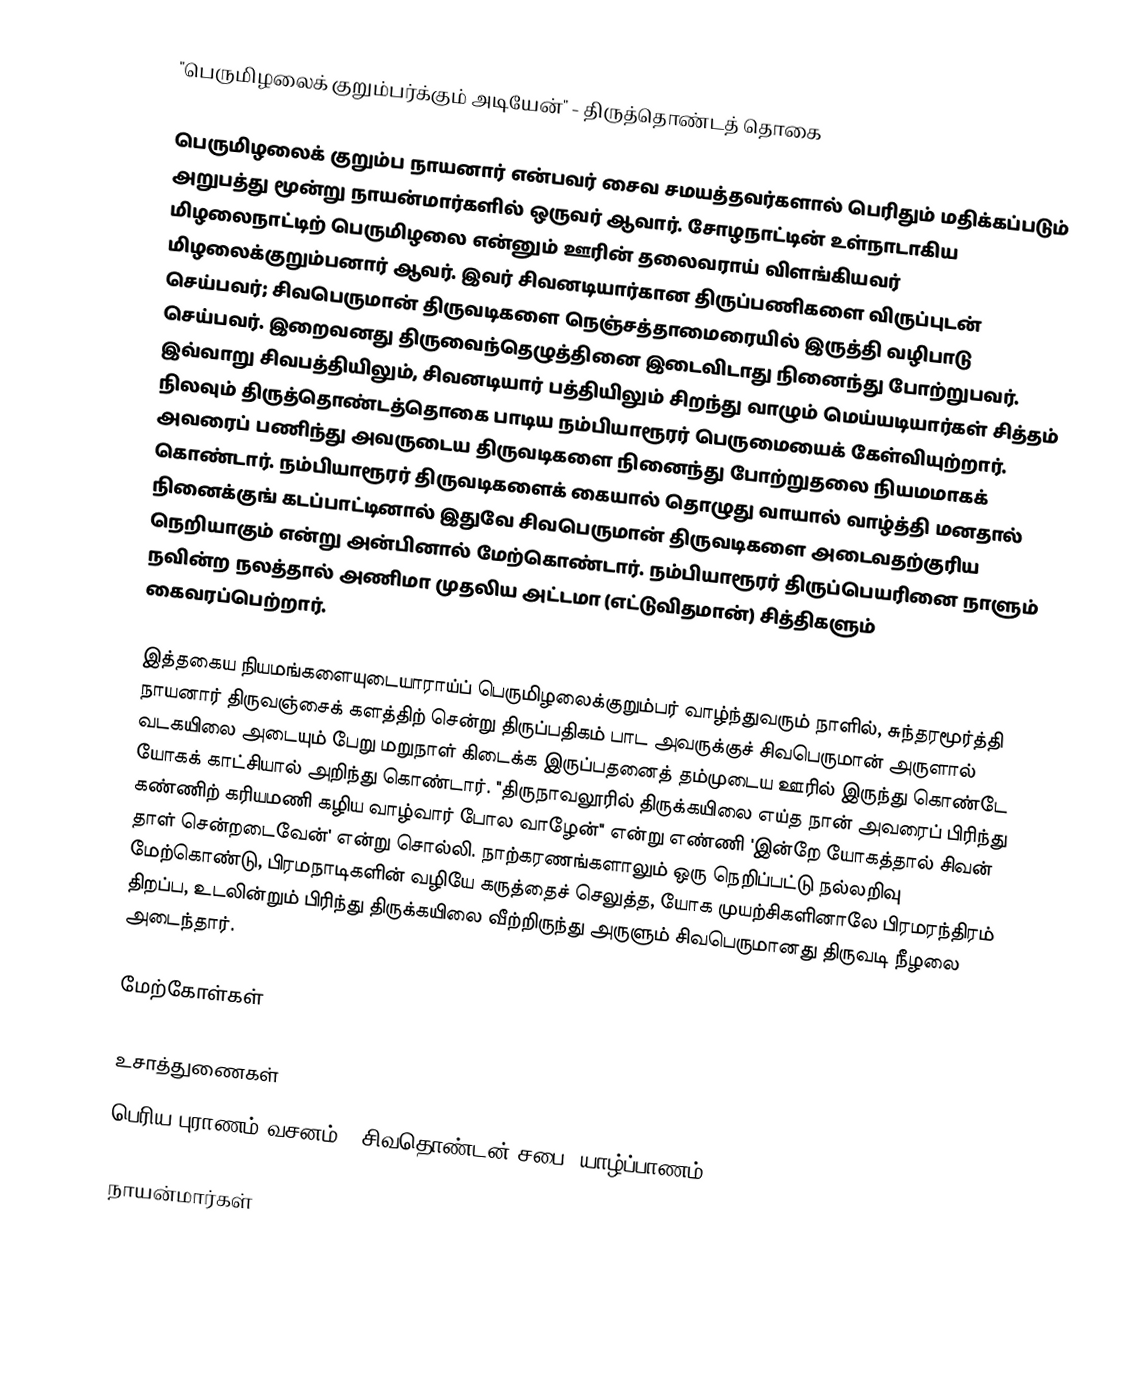
"பெருமிழலைக் குறும்பர்க்கும் அடியேன்" - திருத்தொண்டத் தொகை

பெருமிழலைக் குறும்ப நாயனார் என்பவர் சைவ சமயத்தவர்களால் பெரிதும் மதிக்கப்படும் அறுபத்து மூன்று நாயன்மார்களில் ஒருவர் ஆவார். சோழநாட்டின் உள்நாடாகிய மிழலைநாட்டிற் பெருமிழலை என்னும் ஊரின் தலைவராய் விளங்கியவர் மிழலைக்குறும்பனார் ஆவர். இவர் சிவனடியார்கான திருப்பணிகளை விருப்புடன் செய்பவர்; சிவபெருமான் திருவடிகளை நெஞ்சத்தாமைரையில் இருத்தி வழிபாடு செய்பவர். இறைவனது திருவைந்தெழுத்தினை இடைவிடாது நினைந்து போற்றுபவர். இவ்வாறு சிவபத்தியிலும், சிவனடியார் பத்தியிலும் சிறந்து வாழும் மெய்யடியார்கள் சித்தம் நிலவும் திருத்தொண்டத்தொகை பாடிய நம்பியாரூரர் பெருமையைக் கேள்வியுற்றார். அவரைப் பணிந்து அவருடைய திருவடிகளை நினைந்து போற்றுதலை நியமமாகக் கொண்டார். நம்பியாரூரர் திருவடிகளைக் கையால் தொழுது வாயால் வாழ்த்தி மனதால் நினைக்குங் கடப்பாட்டினால் இதுவே சிவபெருமான் திருவடிகளை அடைவதற்குரிய நெறியாகும் என்று அன்பினால் மேற்கொண்டார். நம்பியாரூரர் திருப்பெயரினை நாளும் நவின்ற நலத்தால் அணிமா முதலிய அட்டமா (எட்டுவிதமான்) சித்திகளும் கைவரப்பெற்றார்.

இத்தகைய நியமங்களையுடையாராய்ப் பெருமிழலைக்குறும்பர் வாழ்ந்துவரும் நாளில், சுந்தரமூர்த்தி நாயனார் திருவஞ்சைக் களத்திற் சென்று திருப்பதிகம் பாட அவருக்குச் சிவபெருமான் அருளால் வடகயிலை அடையும் பேறு மறுநாள் கிடைக்க இருப்பதனைத் தம்முடைய ஊரில் இருந்து கொண்டே யோகக் காட்சியால் அறிந்து கொண்டார். "திருநாவலூரில் திருக்கயிலை எய்த நான் அவரைப் பிரிந்து கண்ணிற் கரியமணி கழிய வாழ்வார் போல வாழேன்" என்று எண்ணி 'இன்றே யோகத்தால் சிவன் தாள் சென்றடைவேன்' என்று சொல்லி. நாற்கரணங்களாலும் ஒரு நெறிப்பட்டு நல்லறிவு மேற்கொண்டு, பிரமநாடிகளின் வழியே கருத்தைச் செலுத்த, யோக முயற்சிகளினாலே பிரமரந்திரம் திறப்ப, உடலின்றும் பிரிந்து திருக்கயிலை வீற்றிருந்து அருளும் சிவபெருமானது திருவடி நீழலை அடைந்தார்.

மேற்கோள்கள்

உசாத்துணைகள்
பெரிய புராணம் வசனம் - சிவதொண்டன் சபை, யாழ்ப்பாணம்

நாயன்மார்கள்